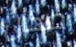
مكان